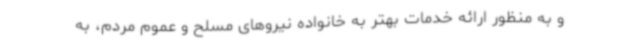
و به منظور ارائه خدمات بهتر به خانواده نیروهای مسلح و عموم مردم، به